Source: Handwritten
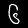
Digit: ၆ (6)